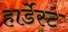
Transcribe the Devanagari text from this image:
हार्डेस्ट